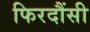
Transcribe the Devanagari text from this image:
फिरदौंसी